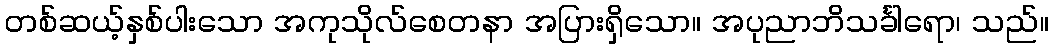
တစ်ဆယ့်နှစ်ပါးသော အကုသိုလ်စေတနာ အပြားရှိသော။ အပုညာဘိသင်္ခါရော၊ သည်။